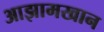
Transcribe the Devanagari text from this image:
आझामखान